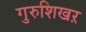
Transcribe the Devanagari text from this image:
गुरुशिखऱ